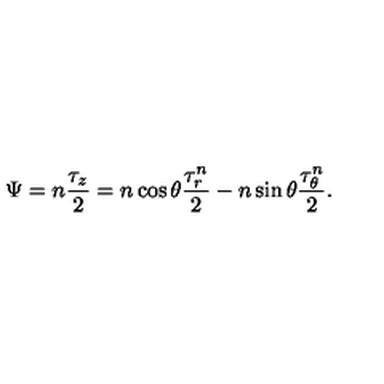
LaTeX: \Psi = n \frac { \tau _ { z } } { 2 } = n \cos \theta \frac { \tau _ { r } ^ { n } } { 2 } - n \sin \theta \frac { \tau _ { \theta } ^ { n } } { 2 } .